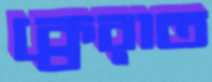
ক্বেরাত